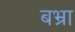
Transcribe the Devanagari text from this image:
बभ्रा